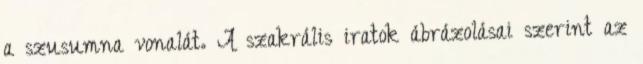
a szusumna vonalát. A szakrális iratok ábrázolásai szerint az